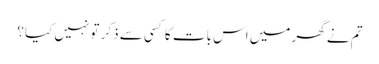
تم نے گھر میں اس بات کا کسی سے ذکر تو نہیں کیا؟